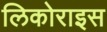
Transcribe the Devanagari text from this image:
लिकोराइस